Report of the Municipal Commissioner on the plague in Bombay for the year ending 31st May... - Volume 1
Disease focus: Plague
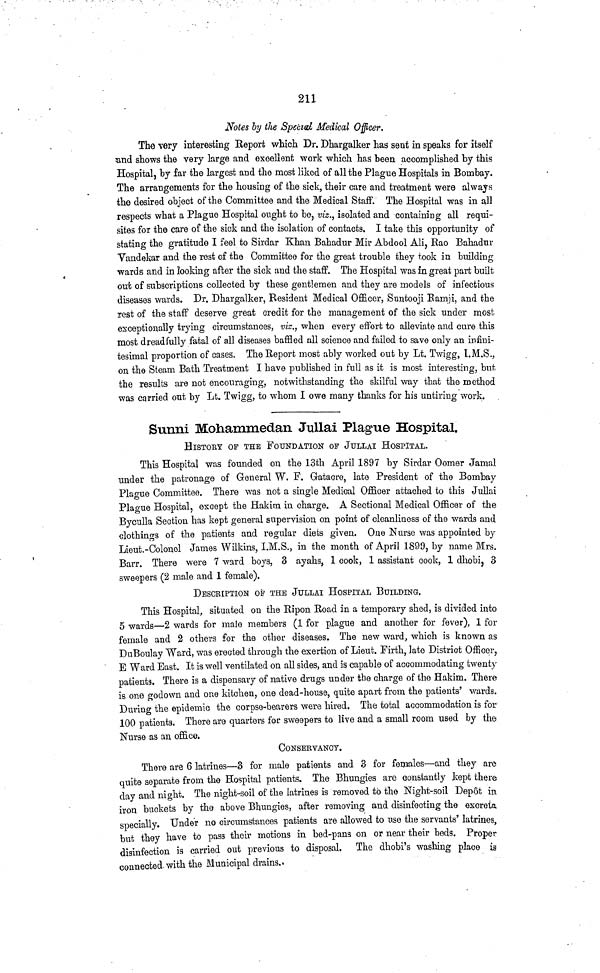
211
Notes by the Special Medical Officer.
The very interesting Report which Dr. Dhargalker has sent in speaks for itself
and shows the very large and excellent work which has heen accomplished by this
Hospital, by far the largest and the most liked of all the Plague Hospitals in Bombay.
The arrangements for the housing of the sick, their care and treatment were always
the desired object of the Committee and the Medical Staff. The Hospital was in all
respects what a Plague Hospital ought to be, viz., isolated and containing all requi-
sites for the care of the sick and the isolation of contacts. I take this opportunity of
stating the gratitude I feel to Sirdar Khan Bahadur Mir Abdool Ali, Rao Bahadur
Yandekar and the rest of the Committee for the great trouble they took in building
wards and in looking after the sick and the staff. The Hospital was in great part built
out of subscriptions collected by these gentlemen and they are models of infectious
diseases wards. Dr. Dhargalker, Resident Medical Officer, Suntooji Ramji, and the
rest of the staff deserve great credit for the management of the sick under most
exceptionally trying circumstances, vis., when every effort to alleviate and cure this
most dreadfully fatal of all diseases baffled all science and failed to save only an infini-
tesimal proportion of cases. The Report most ably worked out by Lt. Twigg, I.M.S.,
on the Steam Bath Treatment I have published in full as it is most interesting, but
the results are not encouraging, notwithstanding the skilful way that the method
was carried out by Lt. Twigg, to whom I owe many thanks for his untiring work.
Sunni Mohammedan Jullai Plague Hospital.
HlSTORY OF THE FOUNDATION OF JULLAI HOSPITAL.
This Hospital was founded on the 13th April 1897 by Sirdar Oomer Jamal
under the patronage of General W. F. Gatacre, late President of the Bombay
Plague Committee. There was not a single Medical Officer attached to this Jullai
Plague Hospital, except the Hakim in charge. A Sectional Medical Officer of the
Byculla Section has kept general supervision on point of cleanliness of the wards and
clothings of the patients and regular diets given. One Nurse was appointed by
Lieut.-Colonel James Wilkins, I.M.S., in the month of April 1899, by name Mrs.
Barr. There were 7 ward boys, 3 ayahs, 1 cook, 1 assistant cook, 1 dhobi, 3
sweepers (2 male and 1 female).
DESCRIPTION OF THE JULLAI HOSPITAL BUILDING.
This Hospital, situated on the Ripon Road in a temporary shed, is divided into
5 wards—2 wards for male members (1 for plague and another for fever), 1 for
female and 2 others for the other diseases. The new ward, which is known as
DuBoulay Ward, was erected through the exertion of Lieut. Firth, late District Officer,
E Ward East. It is well ventilated on all sides, and is capable of accommodating twenty
patients. There is a dispensary of native drugs under the charge of the Hakim. There
is one godown and one kitchen, one dead-house, quite apart from the patients' wards.
During the epidemic the corpse-bearers were hired. The total accommodation is for
100 patients. There are quarters for sweepers to live and a small room used by the
Nurse as an office.
CONSERVANCY.
There are 6 latrines—3 for male patients and 3 for females—and they are
quite separate from the Hospital patients. The Bhungies are constantly kept there
day and night. The night-soil of the latrines is removed to the Night-soil Depot in
iron buckets by the above Bhungies, after removing and disinfecting the excreta
specially. Under no circumstances patients are allowed to use the servants' latrines,
but they have to pass their motions in bed-pans on or near their beds. Proper
disinfection is carried out previous to disposal. The dhobi's washing place is
connected, with the Municipal drains..